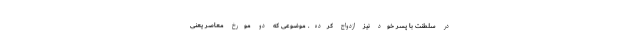
در سلطنت با پسر خود نیز ازدواج کرده. موضوعی که دو مورخ معاصر یعنی